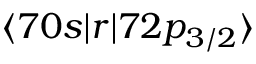
\langle 7 0 s | r | 7 2 p _ { 3 / 2 } \rangle